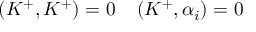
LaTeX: ( K ^ { + } , K ^ { + } ) = 0 \: \: \: \: \: ( K ^ { + } , \alpha _ { i } ) = 0